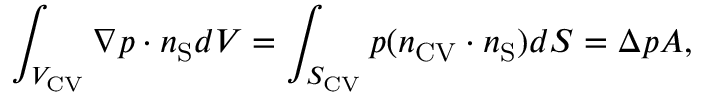
\int _ { { V _ { \mathrm { { C V } } } } } \boldsymbol { \nabla } p \cdot \boldsymbol { n } _ { \mathrm { { S } } } d V = \int _ { { S _ { \mathrm { { C V } } } } } p ( \boldsymbol { n } _ { \mathrm { { C V } } } \cdot \boldsymbol { n } _ { \mathrm { { S } } } ) d S = \Delta p A ,